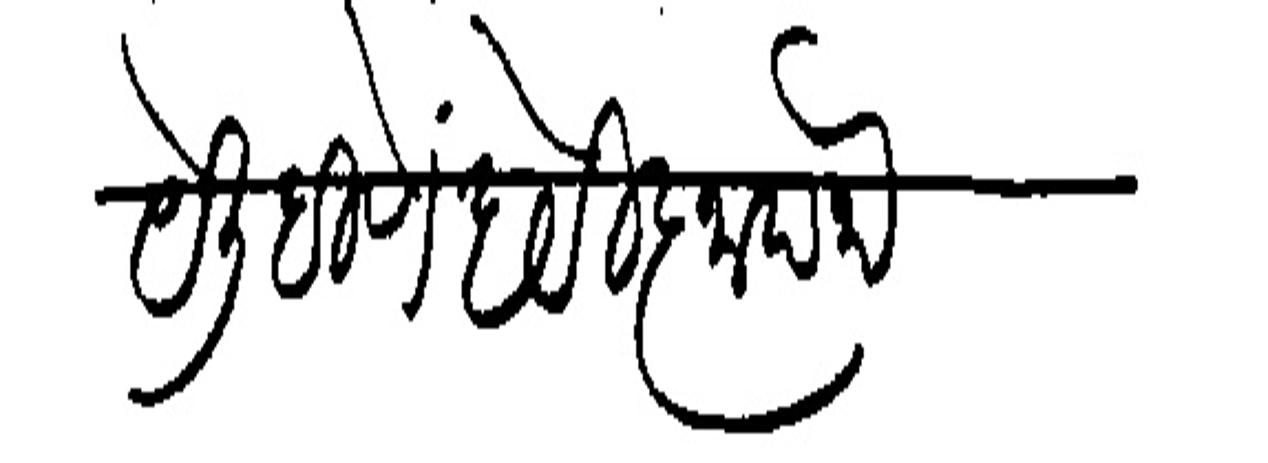
Transliteration (Devanagari): काये लिहिणे है विज्ञापना